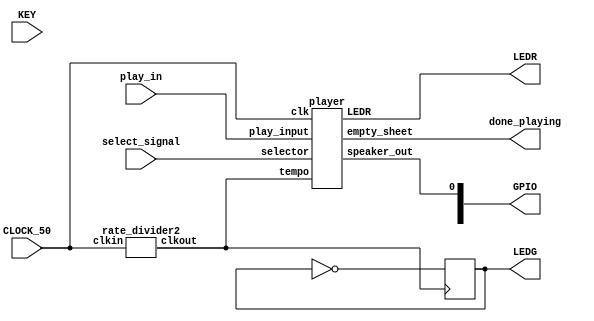
module top(CLOCK_50, KEY, select_signal, play_in, GPIO, LEDR, LEDG, done_playing);
    input CLOCK_50;
    input [3:0] KEY;
	 input [2:0] select_signal;
	 input play_in;
    output [9:0] GPIO;
    output [16:0] LEDR;
    output reg LEDG;
	 output done_playing;

   
    wire divided_clk;
    rate_divider2 my_rate_divider(CLOCK_50, divided_clk);
   
    wire [16:0] ledr_driver;
    assign LEDR[16:0] = ledr_driver[16:0];
   
    player my_player(.clk(CLOCK_50),
                          .tempo(divided_clk),
                          .selector(select_signal[2:0]),
								  .play_input(play_in),
                          .speaker_out(GPIO[0]),
                          .LEDR(ledr_driver[16:0]),
								  .empty_sheet(done_playing));
   
    always @(posedge divided_clk)
    begin
        LEDG <= ~LEDG;
    end
 
endmodule
 
 
 
module player(
  input clk,
  input tempo,
  input [2:0] selector,
  input play_input,
  output reg [16:0] LEDR,
  output speaker_out,
  output empty_sheet
); 
    parameter f_A3 = 50000000/880;
    parameter f_As3 = 50000000/932;
    parameter f_B3 = 50000000/988;
    parameter f_C3 = 50000000/523;
    parameter f_Cs3 =50000000/554;
    parameter f_D3 = 50000000/587;
    parameter f_Ds3 = 50000000/622;
    parameter f_E3 = 50000000/659;
    parameter f_F3 = 50000000/698.5;
    parameter f_Fs3 = 50000000/740;
    parameter f_G3 = 50000000/784;
    parameter f_Gs3 = 50000000/830;
   
    parameter f_A2 = 50000000/440;
    parameter f_As2 = 50000000/466;
    parameter f_B2 = 50000000/494;
    parameter f_C2 = 50000000/261.5;
    parameter f_Cs2 =50000000/277;
    parameter f_D2 = 50000000/293.5;
    parameter f_Ds2 = 50000000/311;
    parameter f_E2 = 50000000/329.5;
    parameter f_F2 = 50000000/349;
    parameter f_Fs2 = 50000000/367;
    parameter f_G2 = 50000000/392;
    parameter f_Gs2 = 50000000/415;
   
    parameter REST = 6'b0;
    parameter A2 = 6'd1;
    parameter As2 = 6'd2;
    parameter B2 = 6'd3;
    parameter C2 = 6'd4;
    parameter Cs2 = 6'd5;
    parameter D2 = 6'd6;
    parameter Ds2 = 6'd7;
    parameter E2 = 6'd8;
    parameter F2 = 6'd9;
    parameter Fs2 = 6'd10;
    parameter G2 = 6'd11;
    parameter Gs2 = 6'd12;
   
    parameter A3 = 6'd13;
    parameter As3 = 6'd14;
    parameter B3 = 6'd15;
    parameter C3 = 6'd16;
    parameter Cs3 = 6'd17;
    parameter D3 = 6'd18;
    parameter Ds3 = 6'd19;
    parameter E3 = 6'd20;
    parameter F3 = 6'd21;
    parameter Fs3 = 6'd22;
    parameter G3 = 6'd23;
    parameter Gs3 = 6'd24;
   
    reg muted = 1'b1;
    reg [21:0] freq;
    reg [200:0] mary = {C3, D3, E3, D3, D3, E3, E3, E3, E3, D3, C3, D3, E3, G3, G3, E3, E3, REST, D3, D3, D3, REST, E3, E3, E3, D3, C3, D3, E3, REST, REST, REST, REST};
    reg [1000:0] mario = {REST, B2, B2, D3, C3, E3, E3, REST, G3, F3, A3, A3, G3, E3, G2, G2, A2, A2, Cs3, B2, B2, A2, A2, REST, E2, E2, REST, G2, G2, REST, C3, C3,
                                        REST, B2, B2, D3, C3, E3, E3, REST, G3, F3, A3, A3, G3, E3, G2, G2, A2, A2, Cs3, B2, B2, A2, A2, REST, E2, E2, REST, G2, G2, REST, C3, C3,
                                        REST, REST, G2, G2, REST, REST, G3, G3, E3, E3, C3, REST, E3, REST, E3, E3, REST, REST, REST, REST};
    reg [1000:0] abc = {C3, C3, REST, D3, REST, D3, REST, E3, REST, E3, REST, F3, REST, F3, REST, REST, G3, G3, REST, A3, REST, A3, REST, G3, REST, G3, REST, C3, REST, C3, REST, REST, D3, D3, REST, E3, REST, E3, REST, F3, REST, F3, REST, G3, REST, G3, REST, REST, D3, D3, REST, E3, REST, E3, REST, F3, REST, F3, REST, G3, REST, G3, REST, REST, C3, C3, REST,D3, REST, D3, REST, E3, REST, E3, REST, F3, REST, F3, REST, REST, G3, G3, REST, A3, REST, A3, REST, G3, REST, G3, REST, C3, REST, C3, REST, REST, REST};
    reg [1000:0] ode = {C3, C3, REST, C3, REST, D3, REST, E3, REST, D3, REST, C3, REST, C3, REST, D3, REST, E3, REST, F3, REST, G3, REST, G3, REST, F3, REST, E3, REST, E3, REST, REST, G2, REST, D3, REST, C3, REST, D3, REST, E3, F3, E3, REST, D3, REST, C3, REST, E3, F3, E3, REST, D3, REST, C3, REST, E3, REST, REST, D3, D3, REST, REST, C3, C3, REST, C3, REST, D3, REST, E3, REST, D3, REST, C3, REST, C3, REST, D3, REST, E3, REST, F3, REST, G3, REST, G3, REST, F3, REST, E3, REST, E3, REST, REST, D3, D3, REST, D3, REST, E3, REST, E3, REST, D3, REST, C3, REST, C3, REST, D3, REST, E3, REST, F3, REST, G3, REST, G3, REST, F3, REST, E3, REST, E3, REST, REST, REST};
    reg [1000:0] hot_cross_buns = {C3, C3, D3, D3, E3, E3, REST, D3, REST, D3, REST, D3, REST, D3, REST, C3, REST, C3, REST, C3, REST, C3, REST, REST, C3, C3, D3, D3, E3, E3, REST, REST, C3, C3, D3, D3, E3, E3};
    reg [1000:0] bingo = {C3, C3, REST, C3, C3, REST, B2, REST, A2, REST, G2, REST, B2, REST, C3, REST, D3, REST, D3, REST, D3, REST, C3, C3, REST, C3, C3, REST, E3, E3,
                                REST, E3, REST, E3, REST, D3, D3, REST, D3, D3, REST, F3, F3, REST, F3, REST, F3, REST, E3, E3, REST, E3, E3, REST, C3, C3, REST, E3, E3, REST, D3,
                                REST, D3, REST, C3, REST, C3, REST, G2, REST, G2, REST, A2, REST, A2, REST, G2, REST, G2, REST, C3, REST, C3, REST, G2, REST, REST, REST};
    reg [1000:0] music_sheet;
	 assign empty_sheet = music_sheet == 1001'd0 ? 1 : 0;
    always @(posedge tempo)
    begin
		if (play_input) begin
        if(selector == 3'd1)
            music_sheet[1000:0] <= hot_cross_buns[1000:0];
        else if(selector == 3'd4)
            music_sheet[1000:0] <= mary[200:0];
        else if(selector == 3'd0)
            music_sheet[1000:0] <= abc[1000:0];
        else if(selector == 3'd5)
            music_sheet[1000:0] <= bingo[1000:0];
        else if (selector == 3'd2)
            music_sheet[1000:0] <= ode[1000:0];
        else if(selector == 3'd3)
            music_sheet[1000:0] <= mario[1000:0];
		end
		else
            music_sheet[1000:0] <= music_sheet[1000:6];
       
        if (music_sheet[5:0] == REST)
            muted <= 1'b1;
        else
        begin
            muted <= 1'b0;
            case(music_sheet[5:0])
                 A2:  freq <= f_A2;
                 As2: freq <= f_As2;
                 B2:  freq <= f_B2;
                 C2:  freq <= f_C2;
                 Cs2: freq <= f_Cs2;
                 D2:  freq <= f_D2;
                 Ds2: freq <= f_Ds2;
                 E2:  freq <= f_E2;
                 F2:  freq <= f_F2;
                 Fs2: freq <= f_Fs2;
                 G2:  freq <= f_G2;
                 Gs2: freq <= f_Gs2;
                 
                 A3:  freq <= f_A3;
                 As3: freq <= f_As3;
                 B3:  freq <= f_B3;
                 C3:  freq <= f_C3;
                 Cs3: freq <= f_Cs3;
                 D3:  freq <= f_D3;
                 Ds3: freq <= f_Ds3;
                 E3:  freq <= f_E3;
                 F3:  freq <= f_F3;
                 Fs3: freq <= f_Fs3;
                 G3:  freq <= f_G3;
                 Gs3: freq <= f_Gs3;                 
                 default: freq <= 22'd0;
            endcase
        end
       
    end
   
    always @(*)
    begin
        LEDR[16:0] <= music_sheet[16:0];
    end
   
    // Frequency Divider
    pitch_maker my_pitch_maker(
      .muted(muted),
      .clk(clk),
      .counter(freq),
      .speaker_out(speaker_out)
    );
 
endmodule
 
module pitch_maker(muted, clk, counter, speaker_out);
    input muted;
    input clk;
    input [21:0] counter;
    output reg speaker_out;
 
    reg [21:0] num;
   
    always@(posedge clk)
    begin
         // end of counter turn off sound
         if(num == counter)
         begin
              speaker_out <= ~speaker_out;
              num <= 22'd0;
         end
         // incredment counter
         else
         begin
              num <= num + 22'b1;
         end
         
         if (muted)
            speaker_out <= ~muted;
    end
 
endmodule
 
 
module rate_divider(clk ,counter_max, out);
    input clk;
    input [31:0] counter_max;
    output out;
    reg [31:0] cd = 0;
   
 
    assign out = (cd == 1) ? 1 : 0;
   
     
    always @ (posedge clk)
    begin
        if (cd == 0)
              cd <= counter_max + 1;
        else
            cd = cd - 1;
    end
 
endmodule
 
module rate_divider2(clkin, clkout);
    reg [24:0] counter;
    output reg clkout;
    input clkin;
    initial begin
         counter = 0;
         clkout = 0;
    end
    always @(posedge clkin)
    begin
         if (counter == 0) begin
              counter <= 20000000 / 4;
              clkout <= ~clkout;
         end else begin
              counter <= counter -1;
         end
    end
endmodule